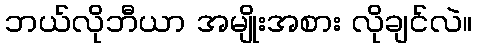
ဘယ်လိုဘီယာ အမျိုးအစား လိုချင်လဲ။